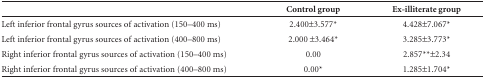
|  | Control group | Ex-illiterate group |
 | --- | --- | --- |
 | Left inferior frontal gyrus sources of activation(150-400 ms) | 2.400±3.577* | 4.428±7.067* |
 | Left inferior frontal gyrus sources of activation(400-800 ms) | 2.000 ±3.464* | 3.285±3.773* |
 | Right inferior frontal gyrus sources of activation(150-400 ms) | 0.00 | 2.857**±2.34 |
 | Right inferior frontal gyrus sources of activation(400-800 ms) | 0.00* | 1.285±1.704* |